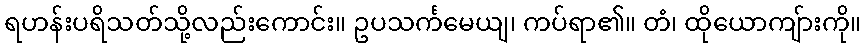
ရဟန်းပရိသတ်သို့လည်းကောင်း။ ဥပသင်္ကမေယျ၊ ကပ်ရာ၏။ တံ၊ ထိုယောကျ်ားကို။